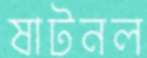
ষাটনল